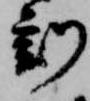
刻